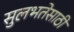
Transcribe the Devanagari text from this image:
सुलभतेसाठी